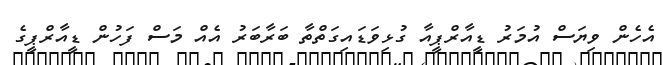
އެހެން ވިޔަސް އުމަރު ޑީއާރްޕީއާ ގުޅިވަޑައިގަތްތާ ބަރާބަރު އެއް މަސް ފަހުން ޑީއާރްޕީގެ